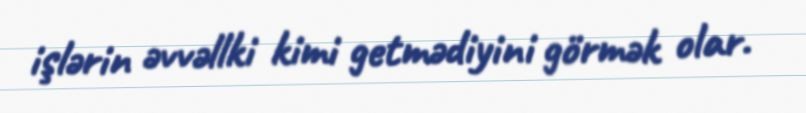
işlərin əvvəllki kimi getmədiyini görmək olar.